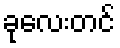
ခုလေးတင်